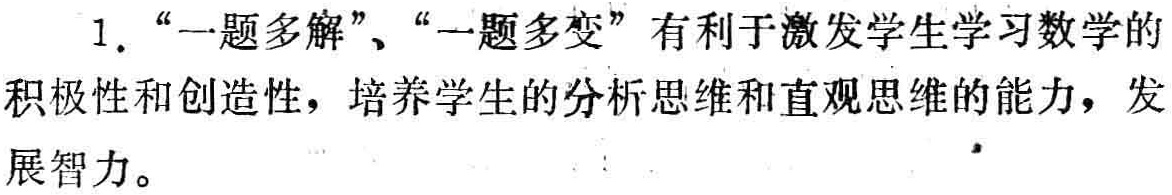
1. “一题多解”、“一题多变”有利于激发学生学习数学的积极性和创造性，培养学生的分析思维和直观思维的能力，发展智力。